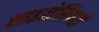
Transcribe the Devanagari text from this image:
साइलेसियाई